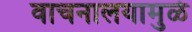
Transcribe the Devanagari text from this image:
वाचनालयामुळे